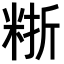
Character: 𥺈